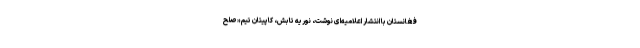
فغانستان با انتشار اعلامیه‌ای نوشت، نوریه تابش، کاپیتان تیم «صلح‌